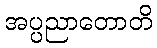
အပ္ပညာတောတိ